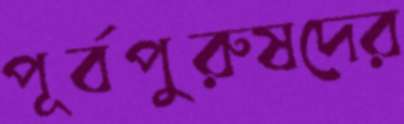
পূর্বপুরুষদের